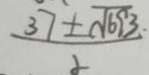
\frac { 3 7 \pm \sqrt { 6 9 3 . } } { 2 }